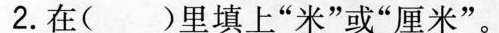
2. 在（）里填上”米”或”厘米”。